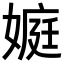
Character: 𡟾